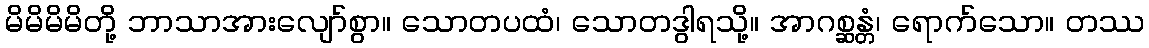
မိမိမိမိတို့ ဘာသာအားလျော်စွာ။ သောတပထံ၊ သောတဒွါရသို့။ အာဂစ္ဆန္တံ၊ ရောက်သော။ တဿ